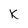
Character: K